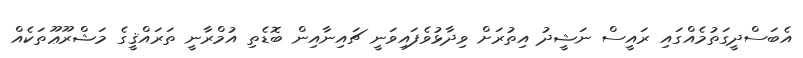
އެބަސްދީގަތުމެއްގައި ރައީސް ނަޝީދު އިތުރަށް ވިދާޅުވެފައިވަނީ ޗައިނާއިން ބޮޑެތި އުމްރާނީ ތަރައްޤީގެ މަޝްރޫޢޫތަކެއް